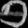
Digit: ၅